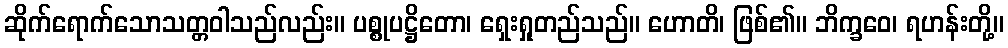
ဆိုက်ရောက်သောသတ္တဝါသည်လည်း။ ပစ္စုပဋ္ဌိတော၊ ရှေးရှုတည်သည်။ ဟောတိ၊ ဖြစ်၏။ ဘိက္ခဝေ၊ ရဟန်းတို့။